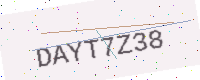
Text: DAYT7Z38